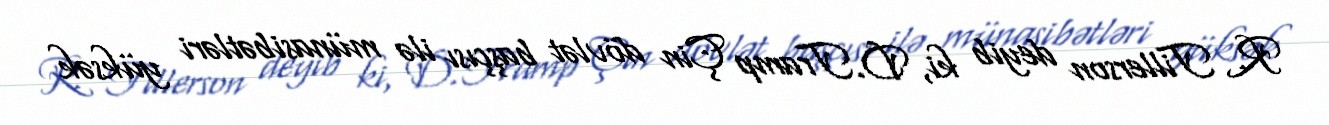
R. Tillerson deyib ki, D.Tramp Çin dövlət başçısı ilə münasibətləri yüksək